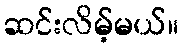
ဆင်းလိမ့်မယ်။